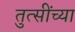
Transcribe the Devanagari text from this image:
तुत्‍सींच्‍या